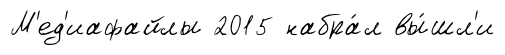
М'ед'иафайлы 2015 набра́л вы́шл'и